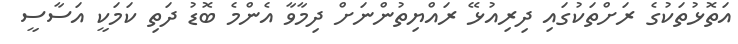
އަތޮޅުތަކުގެ ރަށްތަކުގައި ދިރިއުޅޭ ރައްޔިތުންނަށް ދިމާވާ އެންމެ ބޮޑު ދަތި ކަމަކީ އަސާސީ